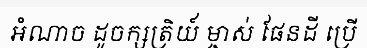
អំណាច ដូចក្សត្រិយ៍ ម្ចាស់ ផែនដី ប្រើ